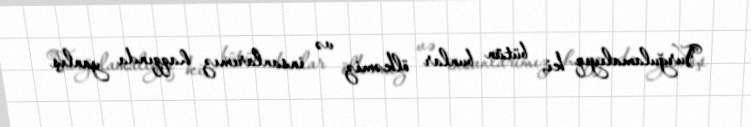
Vurğulamalıyıq ki, bütün bunlar ölkəmiz və insanlarımız haqqında yanlış